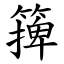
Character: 篺